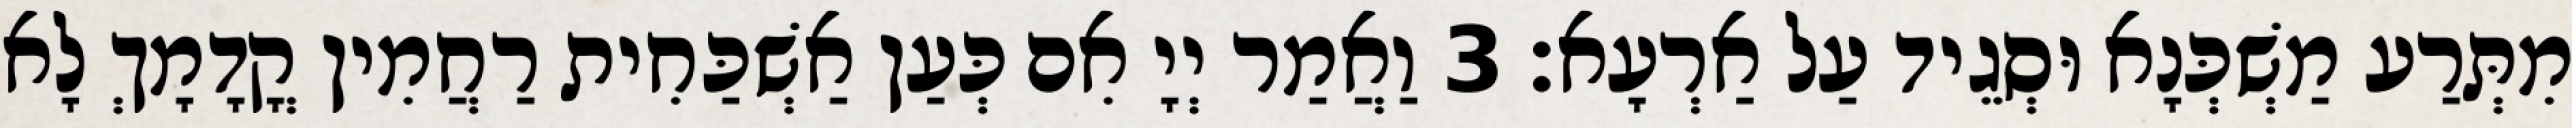
מִתְּרַע מַשְׁכְּנָא וּסְגֵיד עַל אַרְעָא׃ 3 וַאֲמַר יְיָ אִם כְּעַן אַשְׁכַּחִית רַחֲמִין קֳדָמָךְ לָא